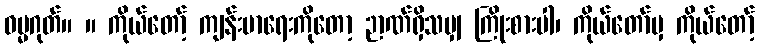
ဓမ္မဂုတ်။ ။ ကိုယ်တော့် ကျန်းမာရေးကိုတော့ ဉာဏ်ရှိသမျှ ကြိုးစားပါ၊ ကိုယ်တော်မှ ကိုယ်တော့်